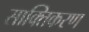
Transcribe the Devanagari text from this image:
साक्तिकरण